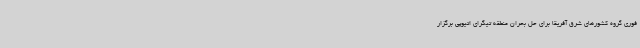
فوری گروه کشورهای شرق آفریقا برای حل بحران منطقه تیگرای اتیوپی برگزار